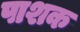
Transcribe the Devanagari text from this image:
पाशक